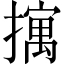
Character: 𫾆